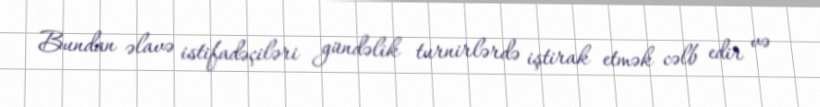
Bundan əlavə istifadəçiləri gündəlik turnirlərdə iştirak etmək cəlb edir və